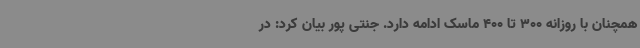
همچنان با روزانه 300 تا 400 ماسک ادامه دارد. جنتی پور بیان کرد: در